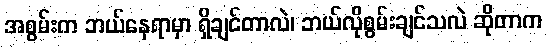
အစွမ်းက ဘယ်နေရာမှာ ရှိချင်တာလဲ၊ ဘယ်လိုစွမ်းချင်သလဲ ဆိုတာက